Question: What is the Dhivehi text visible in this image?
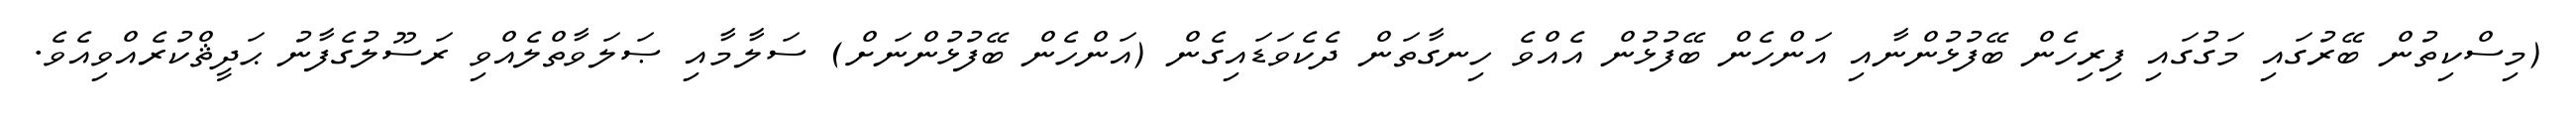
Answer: (މިސްކިތުން ބޭރުގައި މަގުގައި ފިރިހެން ބޭފުޅުންނާއި އަންހެން ބޭފުޅުން އެއްވެ ހިނގާތަން ދެކެވަޑައިގެން (އަންހެން ބޭފުޅުންނަށް) ސަލާމާއި ޞަލަވާތްލެއްވި ރަސޫލުގެފާނު ޙަދީޘްކުރެއްވިއެވެ.